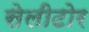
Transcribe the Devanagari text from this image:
सेलीटोर